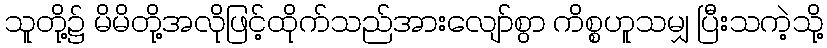
သူတို့၌ မိမိတို့အလိုဖြင့်ထိုက်သည်အားလျော်စွာ ကိစ္စဟူသမျှ ပြီးသကဲ့သို့